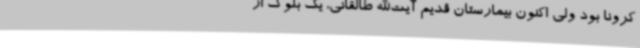
کرونا بود ولی اکنون بیمارستان‌ قدیم آیت‌الله طالقانی، یک بلوک از